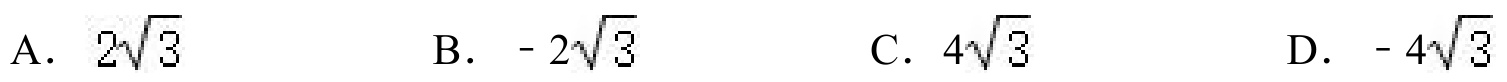
A. \(2\sqrt{3}\)  \quad B. \(-2\sqrt{3}\)  \quad C. \(4\sqrt{3}\)  \quad D. \(-4\sqrt{3}\)